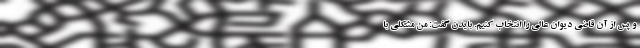
و پس از آن قاضی دیوان عالی را انتخاب کنیم. بایدن گفت: من مشکلی با